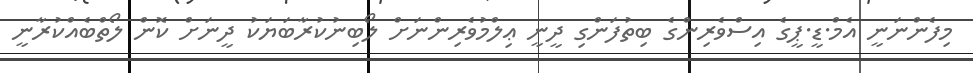
މިފެންނަނީ އެމް.ޑީ.ޕީގެ އިސްވެރިންގެ ބިތުފަންގި ދީނީ ޢިލްމުވެރިންނަށް ލޯބިނުކުރާބަޔަކު ދީނަށް ކޮން ލޯތްބެއްކުރާނީ